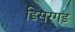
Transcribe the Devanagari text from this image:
डिसरगड़